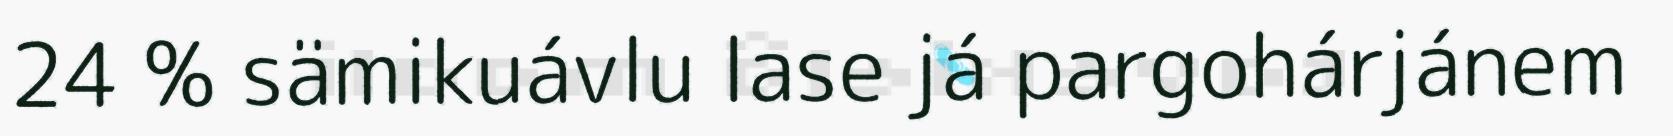
24 % sämikuávlu lase já pargohárjánem